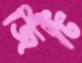
জিটি